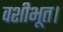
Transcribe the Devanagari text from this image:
वशीभूत।